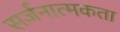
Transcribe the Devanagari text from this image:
सर्जनात्‍मकता